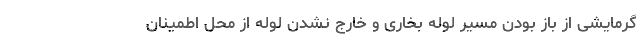
گرمایشی از باز بودن مسیر لوله بخاری و خارج نشدن لوله از محل اطمینان